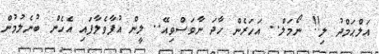
އަލްޙަމްދު ލި!! ނޯމަލް.. އަހަރެން ހާދަ ނާވަސްވިއޭ.. ލީން އުފާވެލާފައި އެހެން ބުނެލުމުން